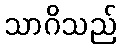
သာဂိသည်